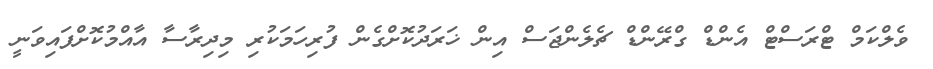
ވެލްކަމް ޓްރަސްޓް އެންޑް ގްރޭންޑް ޗެލެންޖަސް އިން ޚަރަދުކޮށްގެން ފުރިހަމަކުރި މިދިރާސާ އާއްމުކޮށްފައިވަނީ